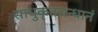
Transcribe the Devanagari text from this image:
साधुकृतसन्धानं